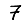
Digit: 7